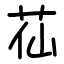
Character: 苮